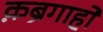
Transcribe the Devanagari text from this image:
क़ब्रगाहों